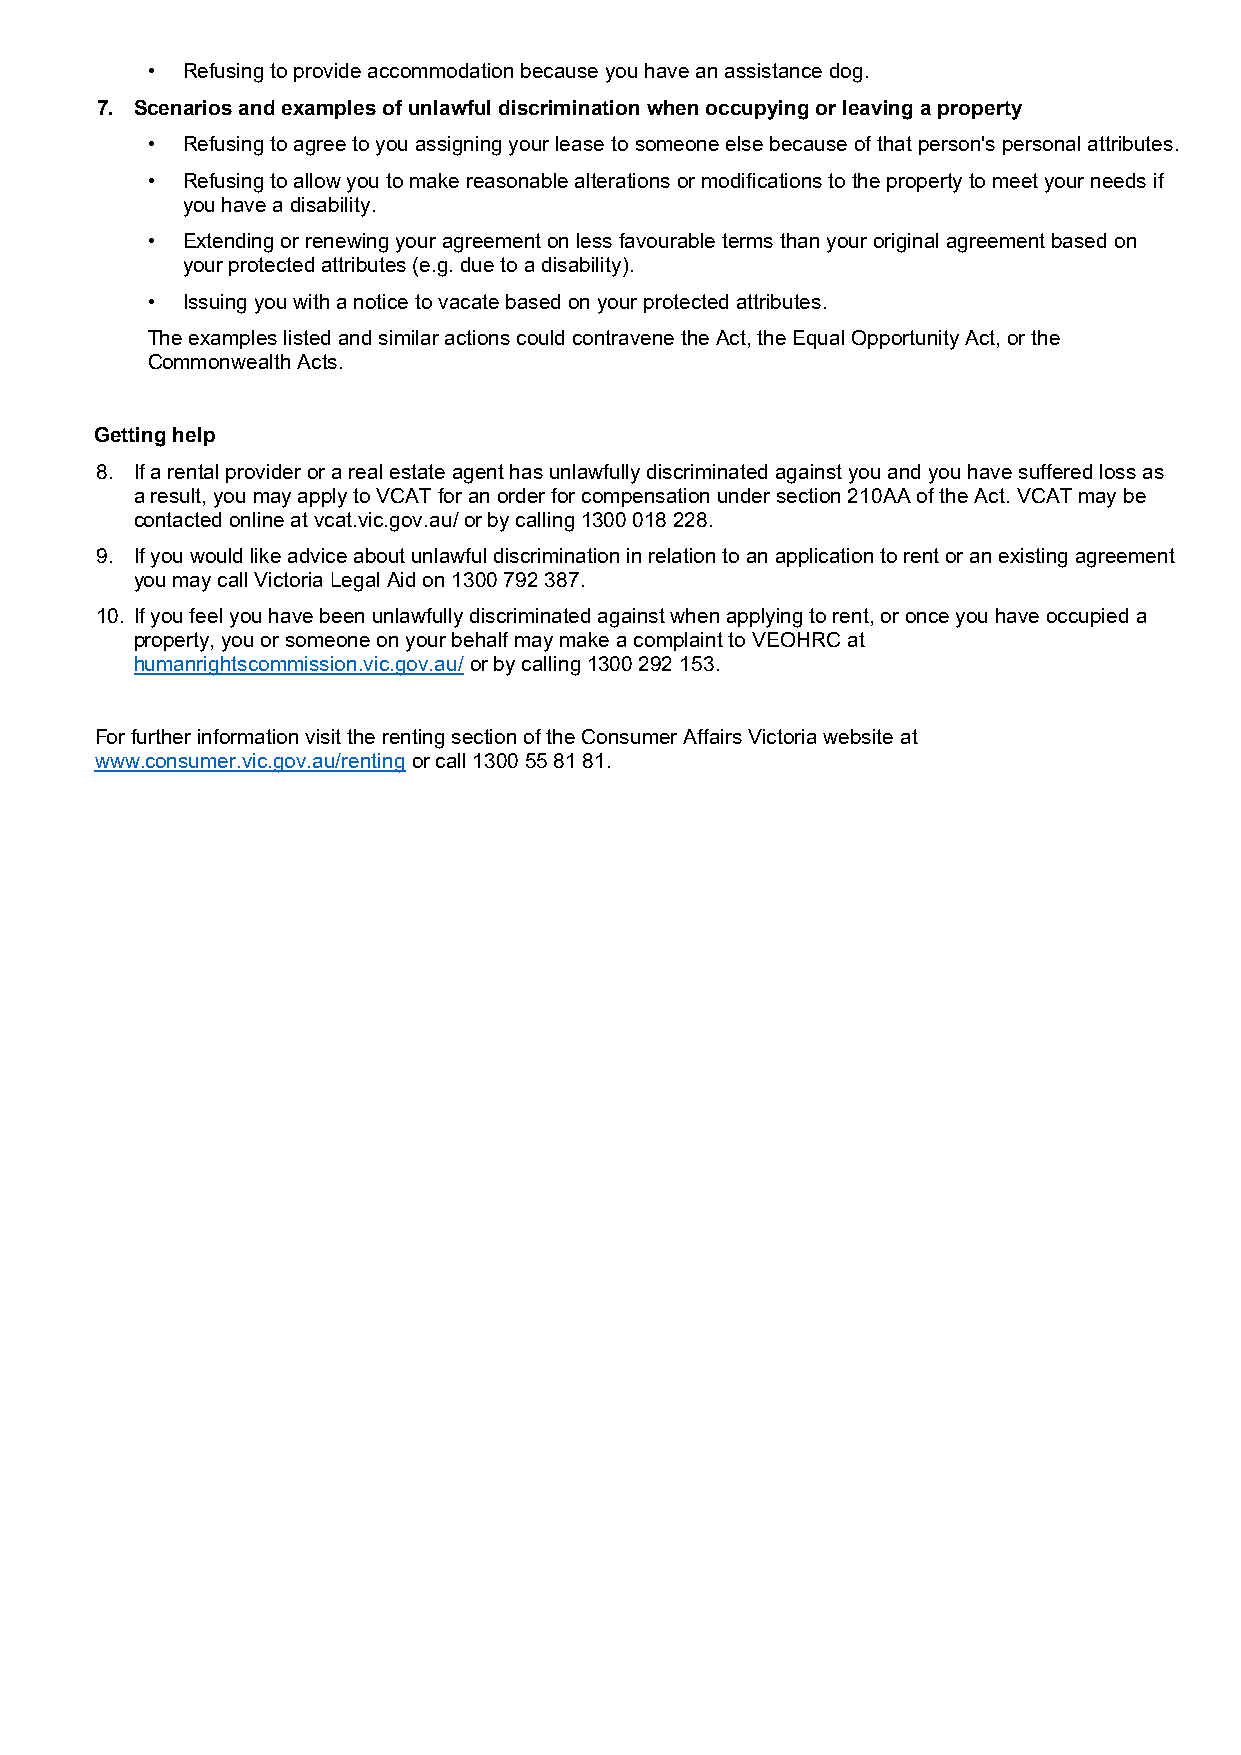
• Refusing to provide accommodation because you have an assistance dog.
 7. Scenarios and examples of unlawful discrimination when occupying or leaving a property
 • Refusing to agree to you assigning your lease to someone else because of that person's personal attributes.
 • Refusing to allow you to make reasonable alterations or modifications to the property to meet your needs if
 you have a disability.
 • Extending or renewing your agreement on less favourable terms than your original agreement based on
 your protected attributes (e.g. due to a disability).
 • Issuing you with a notice to vacate based on your protected attributes.
 The examples listed and similar actions could contravene the Act, the Equal Opportunity Act, or the
 Commonwealth Acts.
 Getting help
 8. If a rental provider or a real estate agent has unlawfully discriminated against you and you have suffered loss as
 a result, you may apply to VCAT for an order for compensation under section 210AA of the Act. VCAT may be
 contacted online at vcat.vic.gov.au/ or by calling 1300 018 228.
 9. If you would like advice about unlawful discrimination in relation to an application to rent or an existing agreement
 you may call Victoria Legal Aid on 1300 792 387.
 10. If you feel you have been unlawfully discriminated against when applying to rent, or once you have occupied a
 property, you or someone on your behalf may make a complaint to VEOHRC at
 humanrightscommission.vic.gov.au/ or by calling 1300 292 153.
 For further information visit the renting section of the Consumer Affairs Victoria website at
 www.consumer.vic.gov.au/renting or call 1300 55 81 81.